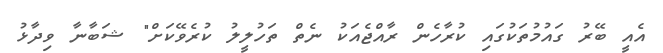
އެއީ ބޭރު ގައުމުތަކުގައި ކުރާހެން ރާއްޖެއަކު ނެތް ތަހުލީލު ކުރެވޭކަށް" ޝަބާނާ ވިދާޅު